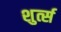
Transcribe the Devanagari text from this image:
शुर्त्स